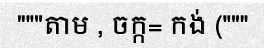
"""តាម , ចក្ក= កង់ ("""